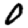
Digit: 0